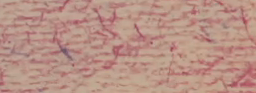
مدخل عام